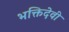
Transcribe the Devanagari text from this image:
भक्तिदेवी